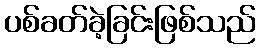
ပစ်ခတ်ခဲ့ခြင်းဖြစ်သည်